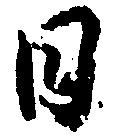
日